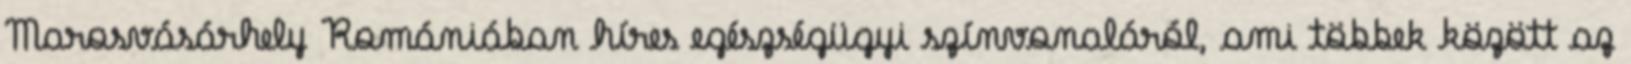
Marosvásárhely Romániában híres egészségügyi színvonaláról, ami többek között az